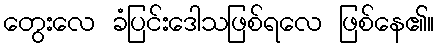
တွေးလေ ခံပြင်းဒေါသဖြစ်ရလေ ဖြစ်နေ၏။